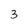
Character: 3